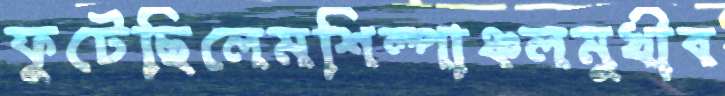
ফুটেছিলেমশিল্পাঞ্চলমুখীব